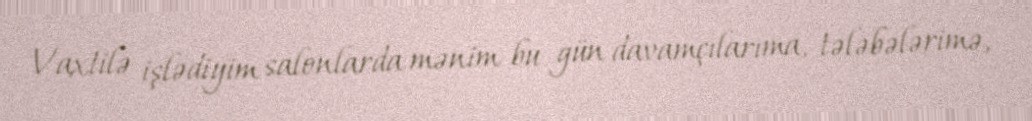
Vaxtilə işlədiyim salonlarda mənim bu gün davamçılarıma, tələbələrimə,